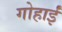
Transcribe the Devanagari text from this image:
गोहार्इं